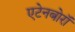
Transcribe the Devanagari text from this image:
एटेनबोरॉ